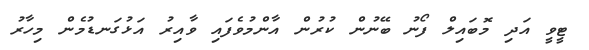
ޓީވީ އަދި މޮބައިލް ފޯނު ބޭނުން ކުރުން އާންމުވެފައި ވާއިރު އަޅުގަނޑުމެން މިހާރު